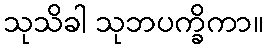
သုသိခါ သုဘပက္ခိကာ။